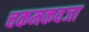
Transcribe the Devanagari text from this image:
चकमकवजा